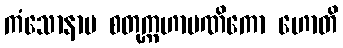
ကံသောနာမ စတုက္ကဟာပဏိကော ဟောတိ